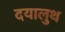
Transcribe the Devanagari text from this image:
दयालुथ